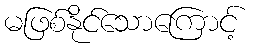
မဖြစ်နိုင်သောကြောင့်